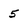
Character: 5